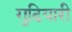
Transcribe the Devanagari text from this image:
गुढियारी